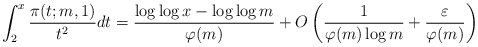
\begin{align*}\int_{2}^{x}\frac{\pi(t;m,1)}{t^2}dt=\frac{\log\log x-\log\log m}{\varphi(m)}+O\left(\frac{1}{\varphi(m)\log m}+\frac{\varepsilon}{\varphi(m)}\right)\end{align*}